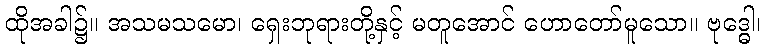
ထိုအခါ၌။ အသမသမော၊ ရှေးဘုရားတို့နှင့် မတူအောင် ဟောတော်မူသော။ ဗုဒ္ဓေါ၊